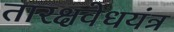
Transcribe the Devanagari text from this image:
तारक्षवेधयंत्र